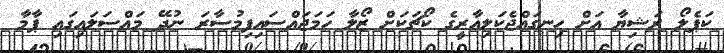
ކަޕެލޯ ރަޝިޔާ އަށް ހިނގައްޖެކަލިއާރީގެ ކޯޗަކަށް ޒޯލާ ހަމަޖައްސައިފިމުސާރަ ނުދޭ މައްސަލައިގައި ޕާމާ